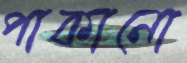
পাকানো